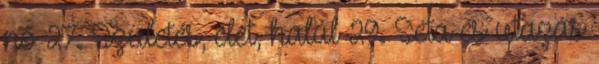
nő 27. Születés, élet, halál 29. Séta és utazás